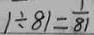
1 \div 8 1 = \frac { 1 } { 8 1 }